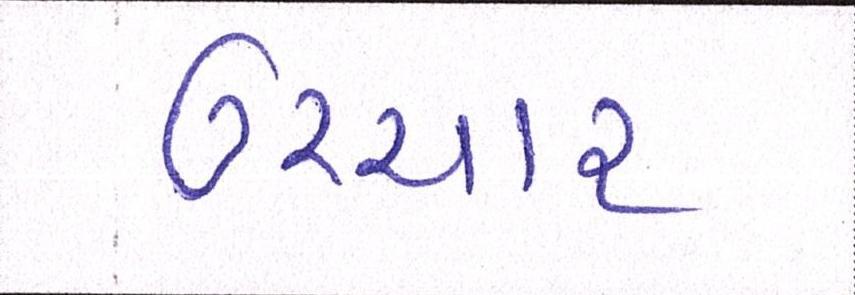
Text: ઉચ્ચાર